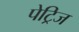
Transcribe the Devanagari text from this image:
पेट्रिज